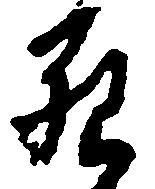
死